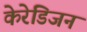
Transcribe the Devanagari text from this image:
केरेडिजन